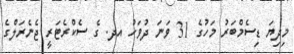
މިދިޔަ ޑިސެމްބަރު މަހުގެ 31 ވަނަ ދުވަހު އދ. ގެ ސެކްރެޓަރީ ޖެނެރަލްގެ